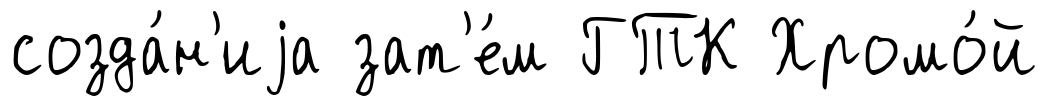
созда́н'иjа зат'е́м ГТК Хромо́й